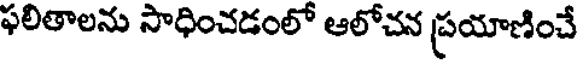
ఫలితాలను సాధించడంలో ఆలోచన ప్రయాణించే